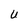
Character: U